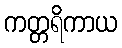
ကတ္တရိကာယ